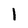
Character: 1